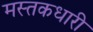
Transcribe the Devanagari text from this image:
मस्तकधारी